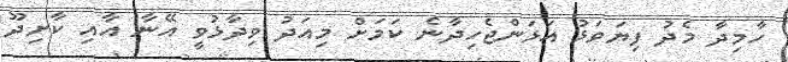
ހާމިދާ މެދު ފިޔަވަޅު އަޅަންޖެހިދާނެ ކަމަށް މިއަދު ވިދާޅުވީ އޭނާ އާއި ކާށިދޫ